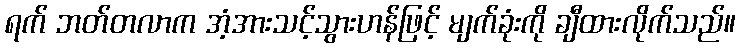
ရက် ဘတ်တလာက အံ့အားသင့်သွားဟန်ဖြင့် မျက်ခုံးကို ချီထားလိုက်သည်။